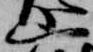
山